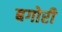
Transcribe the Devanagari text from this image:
बगोरी